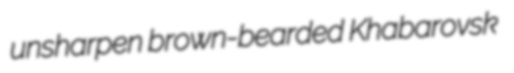
unsharpen brown-bearded Khabarovsk